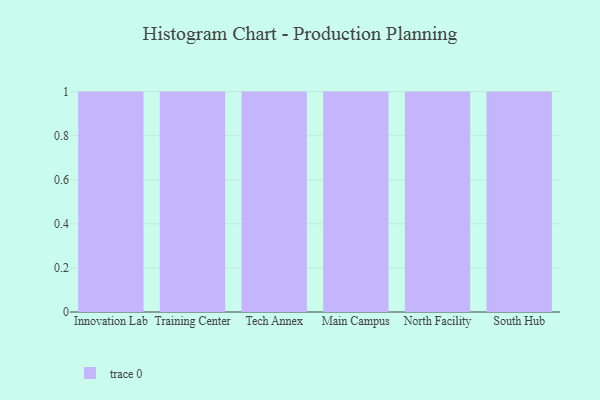
{"axis": {"x": "Campus", "y": "Active Users"}, "legend": [""], "data": [{"x": "Innovation Lab", "y": 13, "type": ""}, {"x": "Training Center", "y": 88, "type": ""}, {"x": "Tech Annex", "y": 37, "type": ""}, {"x": "Main Campus", "y": 11, "type": ""}, {"x": "North Facility", "y": 40, "type": ""}, {"x": "South Hub", "y": 9, "type": ""}]}